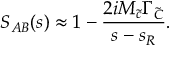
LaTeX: S _ { A B } ( s ) \approx 1 - \frac { 2 i M _ { \tilde { c } } \Gamma _ { \tilde { C } } } { s - s _ { R } } .